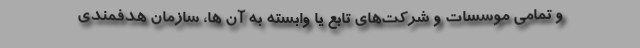
و تمامی موسسات و شرکت‌های تابع یا وابسته به آن ها، سازمان هدفمندی